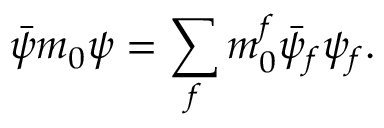
\bar { \psi } m _ { 0 } \psi = \sum _ { f } m _ { 0 } ^ { f } \bar { \psi } _ { f } \psi _ { f } .